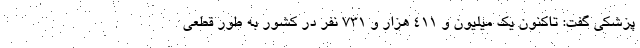
پزشکی گفت: تاکنون یک میلیون و ۴۱۱ هزار و ۷۳۱ نفر در کشور به طور قطعی